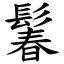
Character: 鬊